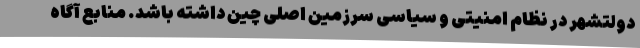
دولتشهر در نظام امنیتی و سیاسی سرزمین اصلی چین داشته باشد. منابع آگاه